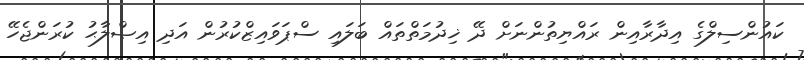
ކައުންސިލްގެ އިދާރާއިން ރައްޔިތުންނަށް ދޭ ޚިދުމަތްތައް ބަލައި ސްޕަވައިޒްކުރުން އަދި އިޞްލާޙު ކުރަންޖެހޭ